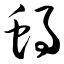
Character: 蜗